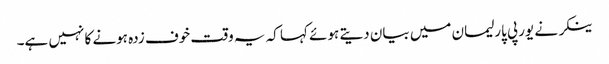
ینکر نے یورپی پارلیمان میں بیان دیتے ہوئے کہا کہ یہ وقت خوف زدہ ہونے کا نہیں ہے۔